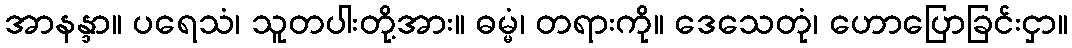
အာနန္ဒာ။ ပရေသံ၊ သူတပါးတို့အား။ ဓမ္မံ၊ တရားကို။ ဒေသေတုံ၊ ဟောပြောခြင်းငှာ။